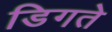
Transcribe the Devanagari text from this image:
डिगते